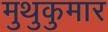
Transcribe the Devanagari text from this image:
मुथुकुमार